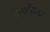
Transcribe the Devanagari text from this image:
रेस्टोरेटर